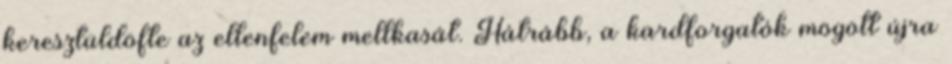
keresztüldöfte az ellenfelem mellkasát. Hátrább, a kardforgatók mögött újra